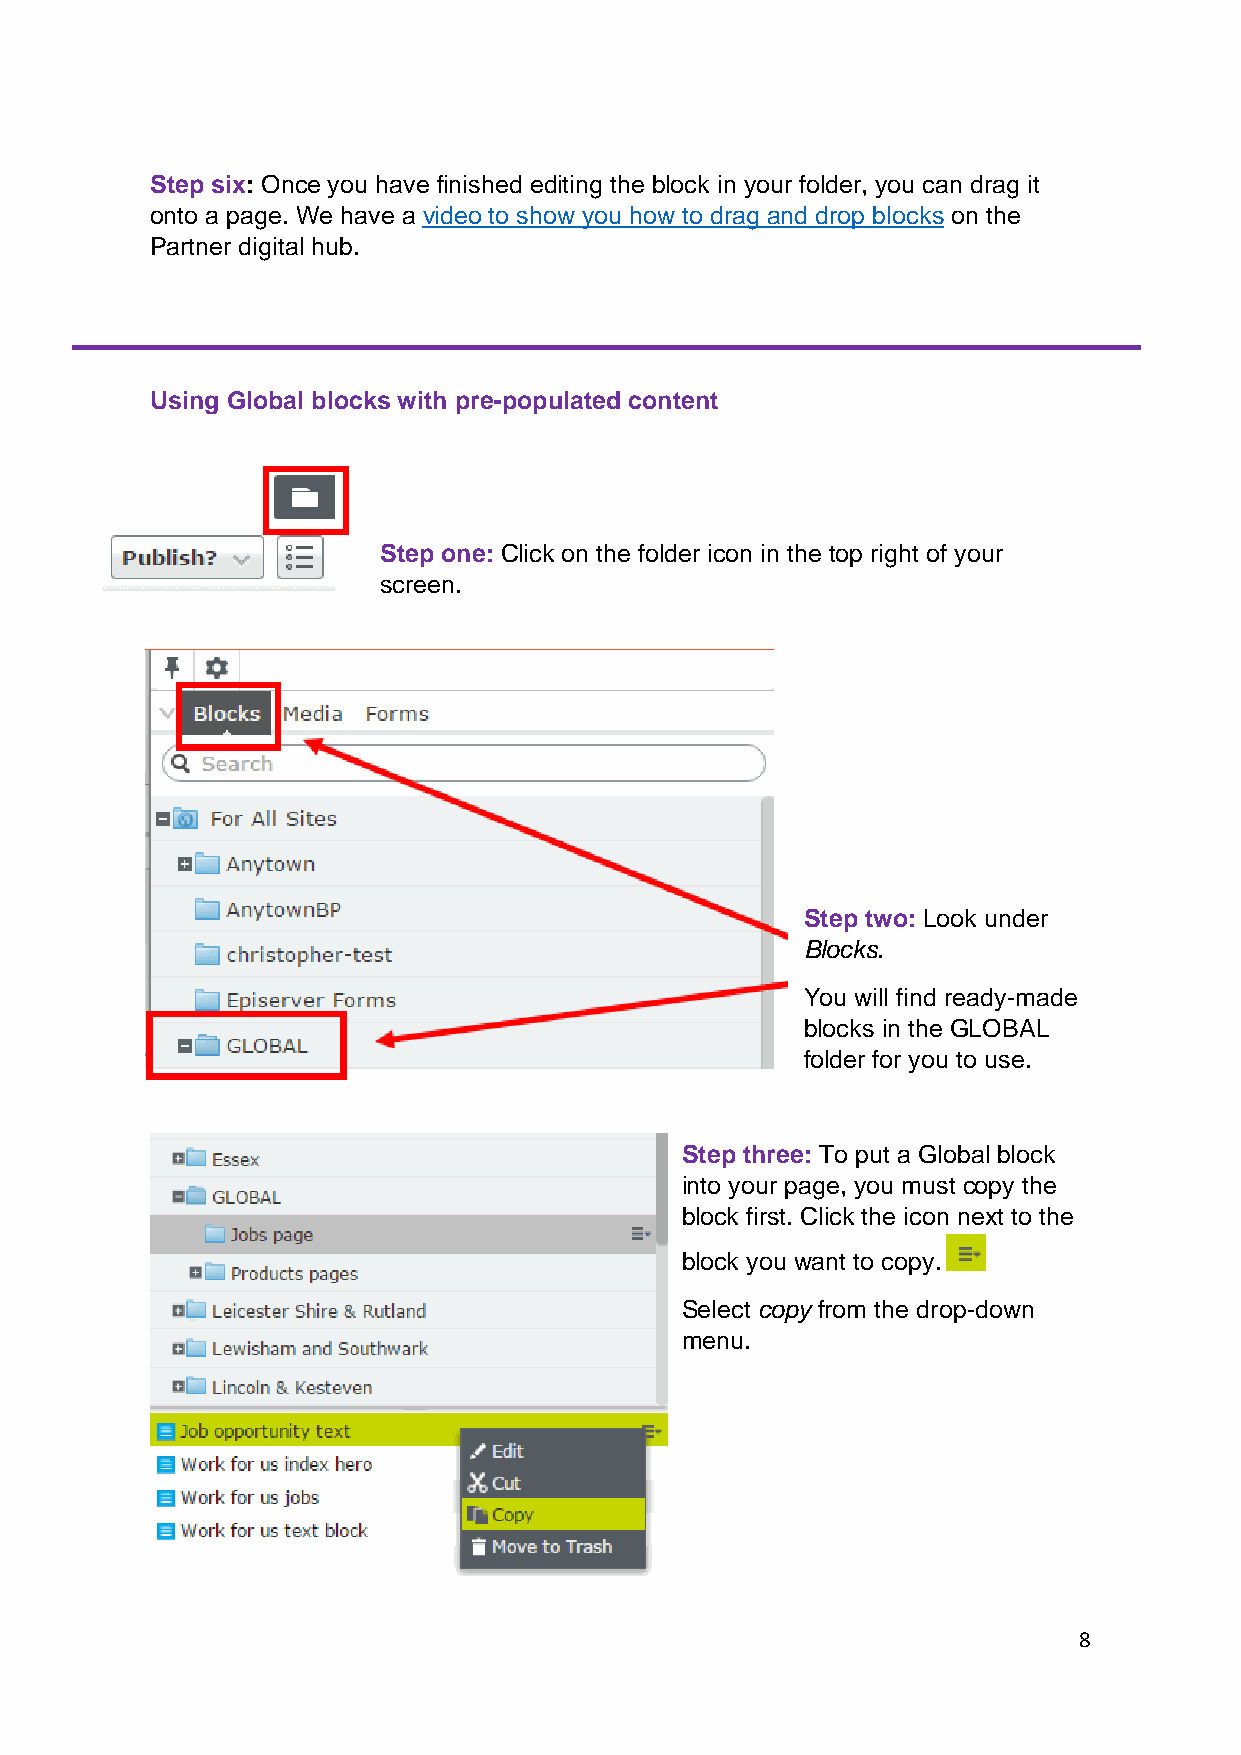
Step six: Once you have finished editing the block in your folder, you can drag it
 onto a page. We have a video to show you how to drag and drop blocks on the
 Partner digital hub.
 Using Global blocks with pre-populated content
 Step one: Click on the folder icon in the top right of your
 screen.
 Step two: Look under
 Blocks.
 You will find ready-made
 blocks in the GLOBAL
 folder for you to use.
 Step three: To put a Global block
 into your page, you must copy the
 block first. Click the icon next to the
 block you want to copy.
 Select copy from the drop-down
 menu.
 8